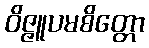
ဝိဇ္ဇူပမစိတ္တော